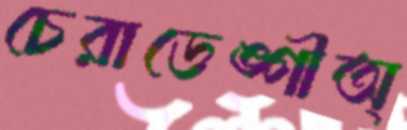
চেরাডেঙ্গীঅ্